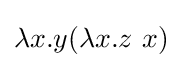
\lambda x.y(\lambda x.z\ x)